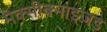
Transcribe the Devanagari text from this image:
मेक्सीक्नाइज़ड